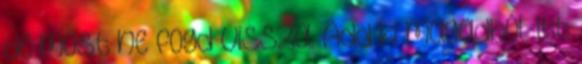
de most ne fogd vissza. Add ki magadból. Itt